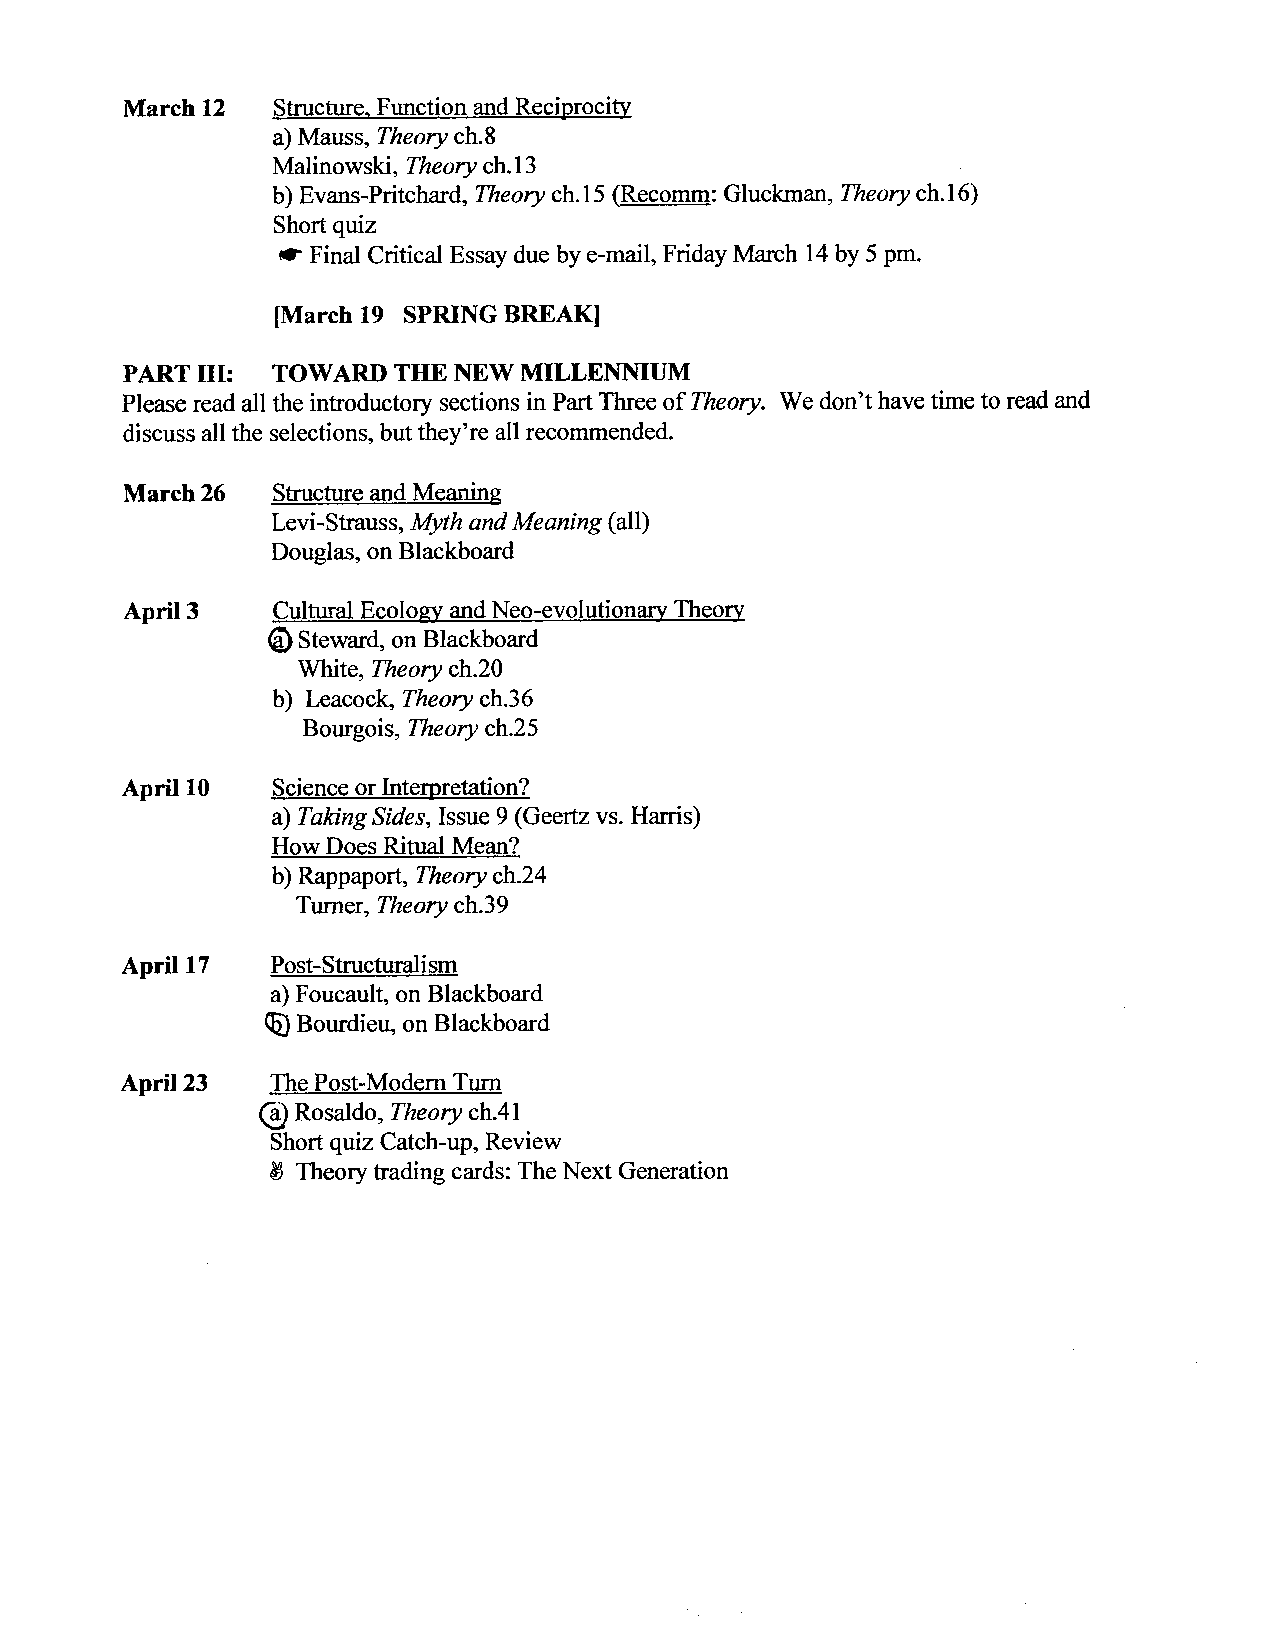
March 12  Structure. Function and Reciprocity
 a) Mauss, Theory ch.8
 Malinowski, Theory ch. 13
 b) Evans-Pritchard, Theory ch. 15 (Recomm: Gluckman, Theory ch. 16)
 Short quiz
 *
 Final Critical Essay due by e-mail, Friday March 14 by 5 pm.
 [March 19 SPRING BREAK]
 PART 111: TOWARD  THE NEW MILLENNIUM
 Please read all the introductory sections in Part Three of Theory. We don't have time to read and
 discuss all the selections, but they're all recommended.
 March 26  Structure and Meaning
 Levi-Strauss, Myth and Meaning (all)
 Douglas, on Blackboard
 April 3   Cultural Ecology and Neo-evolutionary Theorv
 @ Steward, on Blackboard
 White, Theory ch.20
 b) Leacock, Theory ch.36
 Bourgois, Theory ch.25
 April 10  Science or Internretation?
 a) Taking Sides, Issue 9 (Geertz vs. Harris)
 How Does Ritual Mean?
 b) Rappaport, Theory ch.24
 Turner, Theory ch.39
 April 17  Post-Structuralism
 a) Foucault, on Blackboard
 (IjJB ourdieu, on Blackboard
 April 23  The Post-Modem Turn
 @  Rosaldo, Theory ch.41
 Short quiz Catch-up, Review
 8 Theory trading cards: The Next Generation